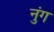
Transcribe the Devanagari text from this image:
नुंग